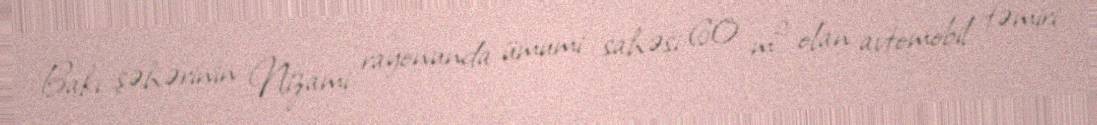
Bakı şəhərinin Nizami rayonunda ümumi sahəsi 60 m² olan avtomobil təmiri